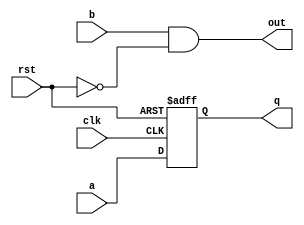
// This program was cloned from: https://github.com/lnis-uofu/OpenFPGA
// License: MIT License

/////////////////////////////////////////
//  Functionality: A register driven by a combinational logic with reset signal
////////////////////////////////////////
`timescale 1ns / 1ps

module rst_on_lut(a, b, q, out, clk, rst);

input wire rst;
input wire clk;
input wire a;
input wire b;
output reg q;
output wire out;

always @(posedge rst or posedge clk) begin
  if (rst) begin
    q <= 0;
  end else begin
    q <= a;
  end
end

assign out = b & ~rst;

endmodule